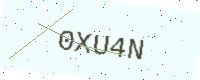
Text: 0XU4N